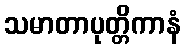
သမာတာပုတ္တိကာနံ